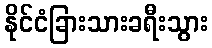
နိုင်ငံခြားသားခရီးသွား